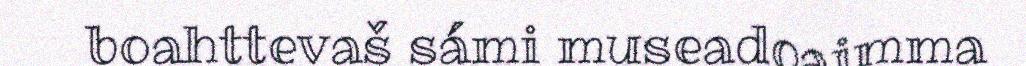
boahttevaš sámi museadoaimma